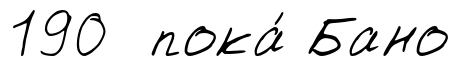
190 пока́ Бано